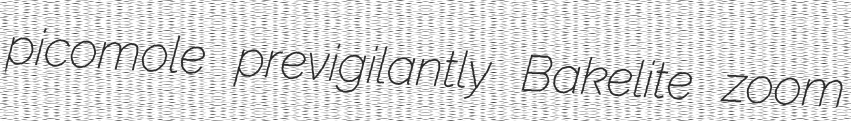
picomole previgilantly Bakelite zoom